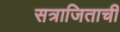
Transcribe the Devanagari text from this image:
सत्राजिताची